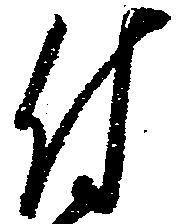
付